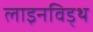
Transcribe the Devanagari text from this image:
लाइनविड्थ